Leprosy in India: report of the Leprosy Commission in India, 1890-91
Year: 1890
Disease focus: Leprosy
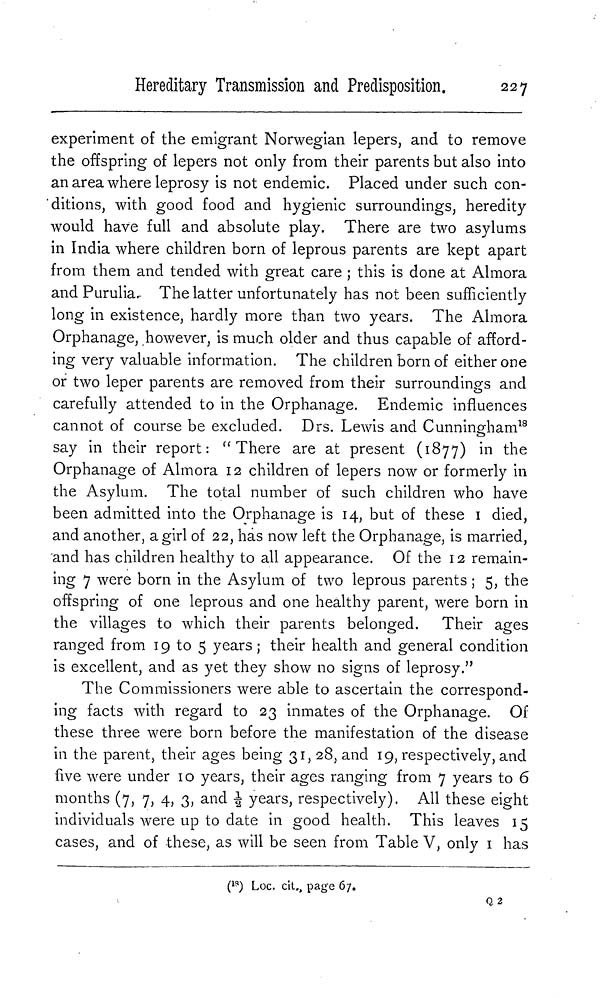
Hereditary Transmission and Predisposition.
227
experiment of the emigrant Norwegian lepers, and to remove
the offspring of lepers not only from their parents but also into
an area where leprosy is not endemic. Placed under such con-
ditions, with good food and hygienic surroundings, heredity
would have full and absolute play. There are two asylums
in India where children born of leprous parents are kept apart
from them and tended with great care ; this is done at Almora
and Purulia. The latter unfortunately has not been sufficiently
long in existence, hardly more than two years. The Almora
Orphanage, however, is much older and thus capable of afford-
ing very valuable information. The children born of either one
or two leper parents are removed from their surroundings and
carefully attended to in the Orphanage. Endemic influences
cannot of course be excluded. Drs. Lewis and Cunningham 18
say in their report: " There are at present (1877) in the
Orphanage of Almora 12 children of lepers now or formerly in
the Asylum. The total number of such children who have
been admitted into the Orphanage is 14, but of these 1 died,
and another, a girl of 22, has now left the Orphanage, is married,
and has children healthy to all appearance. Of the 12 remain-
ing 7 were born in the Asylum of two leprous parents ; 5, the
offspring of one leprous and one healthy parent, were born in
the villages to which their parents belonged. Their ages
ranged from 19 to 5 years ; their health and general condition
is excellent, and as yet they show no signs of leprosy."
The Commissioners were able to ascertain the correspond-
ing facts with regard to 23 inmates of the Orphanage. Of
these three were born before the manifestation of the disease
in the parent, their ages being 31, 28, and 19, respectively, and
five were under 10 years, their ages ranging from 7 years to 6
months (7, 7, 4, 3, and 1/2 years, respectively). All these eight
individuals were up to date in good health. This leaves 15
cases, and of these, as will be seen from Table V, only 1 has
( 18 ) Loc. cit., page 67.
Q2